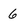
Character: 6